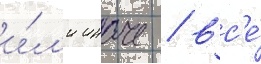
и́л'и иначе / вс'е́